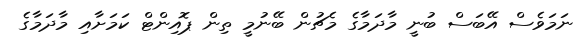
ނަމަވެސް އޭބަސް ބުނީ މާދަމާގެ މެޗުން ބޭނުމީ ތިން ޕޮއިންޓް ކަމަށާއި މާދަމާގެ